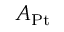
A _ { \mathrm { { P t } } }